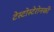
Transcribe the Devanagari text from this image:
टेस्टोस्टेरोनकी